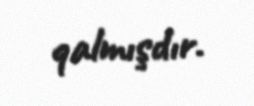
qalmışdır.